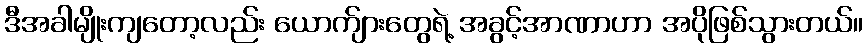
ဒီအခါမျိုးကျတော့လည်း ယောက်ျားတွေရဲ့ အခွင့်အာဏာဟာ အပိုဖြစ်သွားတယ်။